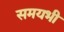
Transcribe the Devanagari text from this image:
समयभी